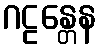
ဂဠန္တေန